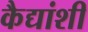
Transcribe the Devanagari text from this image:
कैद्यांशी